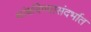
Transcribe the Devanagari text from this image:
थांबविण्यासंदर्भात